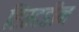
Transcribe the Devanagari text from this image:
हिस्टडीन